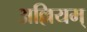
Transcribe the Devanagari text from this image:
अल्लियम्